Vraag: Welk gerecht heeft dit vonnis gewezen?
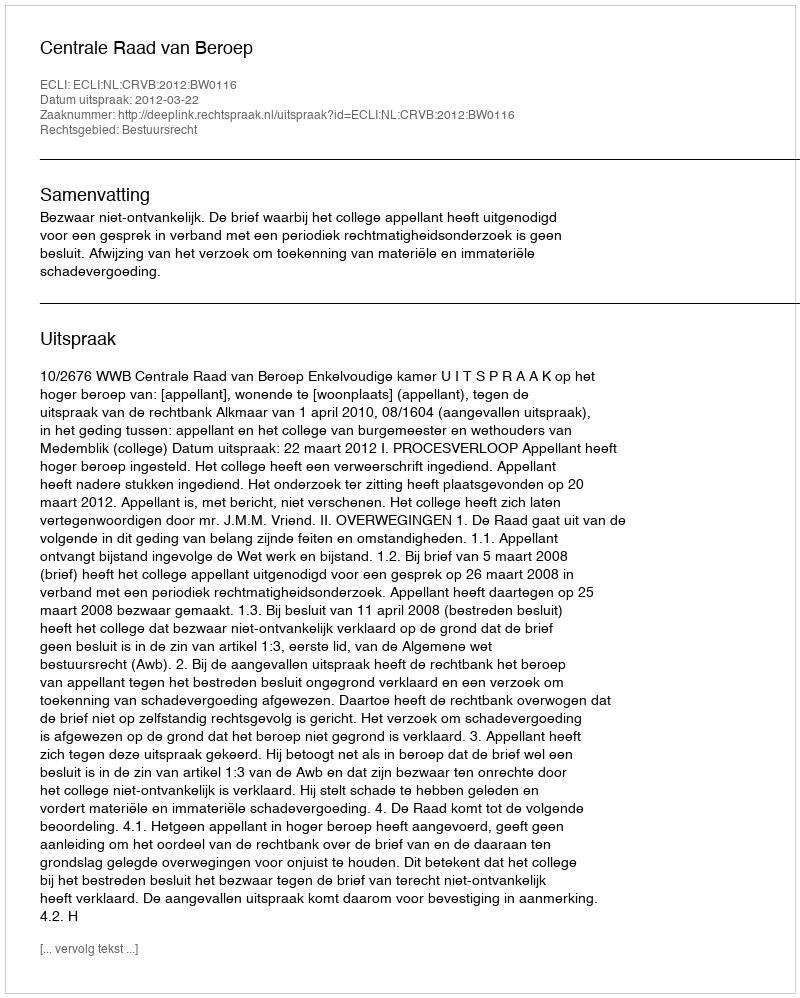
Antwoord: Centrale Raad van Beroep